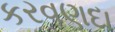
કરવણદા